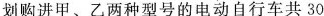
划购进甲、乙两种型号的电动自行车共30